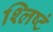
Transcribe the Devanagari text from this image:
श्लिष्टं